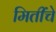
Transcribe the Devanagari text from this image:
मितींचे